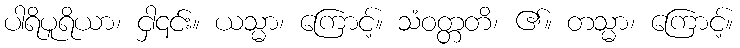
ပါရိပူရိယာ၊ ငှါ၎င်း။ ယသ္မာ၊ ကြောင့်။ သံဝတ္တတိ၊ ၏။ တသ္မာ၊ ကြောင့်။